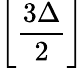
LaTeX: \left\lfloor{\frac{3\Delta}{2}}\right\rfloor